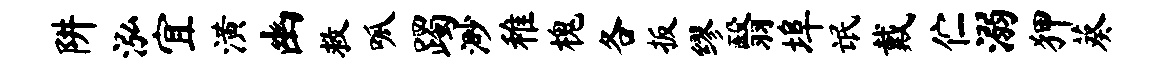
阱泓宜潢幽救呱躅渺稚槐各扳缪翳埠氓戴伫溺狎葵